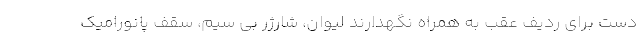
دست برای ردیف عقب به همراه نگهدارند لیوان، شارژر بی سیم، سقف پانورامیک